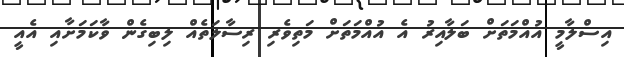
އިސްލާމީ އުއްމަތަށް ބަލާއިރު އެ އުއްމަތަށް މަތިވެރި ރިސާލަތެއް ލިބިގެން ވާކަމަށާއި އެއީ